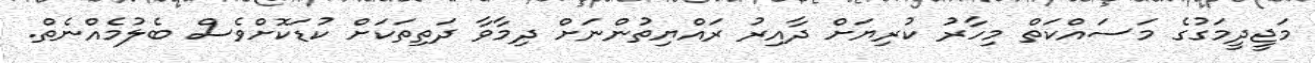
މަޖީދީމަގުގެ މަސައްކަތް މިހާރު ކުރިޔަށް ދާއިރު ރައްޔިތުންނަށް ދިމާވާ ދަތިތަކަށް ކުޑަކޮށްވެސް ބެލުމެއްނެތް.